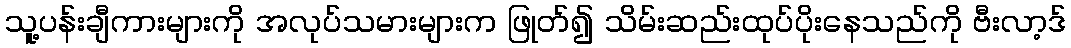
သူ့ပန်းချီကားများကို အလုပ်သမားများက ဖြုတ်၍ သိမ်းဆည်းထုပ်ပိုးနေသည်ကို ဗီးလာ့ဒ်